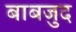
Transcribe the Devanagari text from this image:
बाबजुद